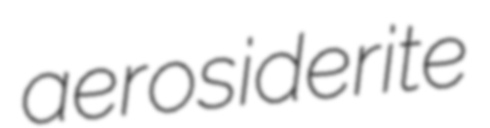
aerosiderite